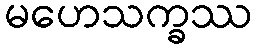
မဟေသက္ခဿ